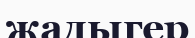
жадыгер